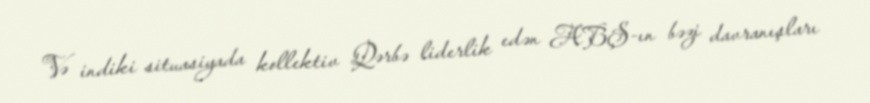
Və indiki situasiyada kollektiv Qərbə liderlik edən ABŞ-ın bəzi davranışları